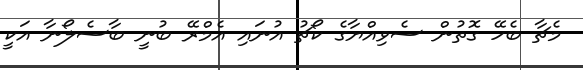
މެޗާ ބެހޭ ގޮތުން ސެވިއްޔާގެ ކޯޗު އުނައި އެމްރޭ ބުނީ ބާސެލޯނާ އަކީ